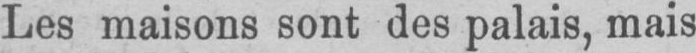
Les maisons sont des palais, mais